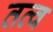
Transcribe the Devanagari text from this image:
तत्व